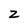
Character: Z